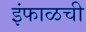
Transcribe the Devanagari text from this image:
इंफाळची